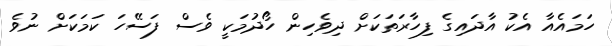
ހަމައެއާ އެކު އާދައިގެ ފިހާރަތަކަށް ދިވެހިން ހޯދުމަކީ ވެސް ފަސޭހަ ކަމަކަށް ނުވެ